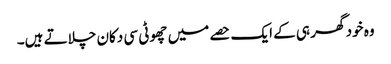
وہ خود گھر ہی کے ایک حصے میں چھوٹی سی دکان چلاتے ہیں۔